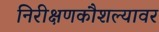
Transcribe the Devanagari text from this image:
निरीक्षणकौशल्यावर